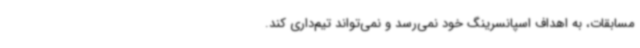
مسابقات، به اهداف اسپانسرینگ خود نمی‌رسد و نمی‌تواند تیم‌داری کند.